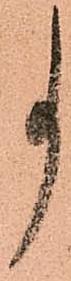
事